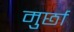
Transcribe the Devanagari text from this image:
मुर्छा